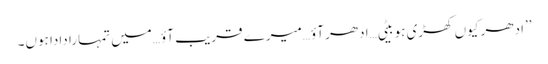
’’ادھر کیوں کھڑی ہو بیٹی…ادھر آؤ…میرے قریب آؤ…میں تمہارا دادا ہوں۔